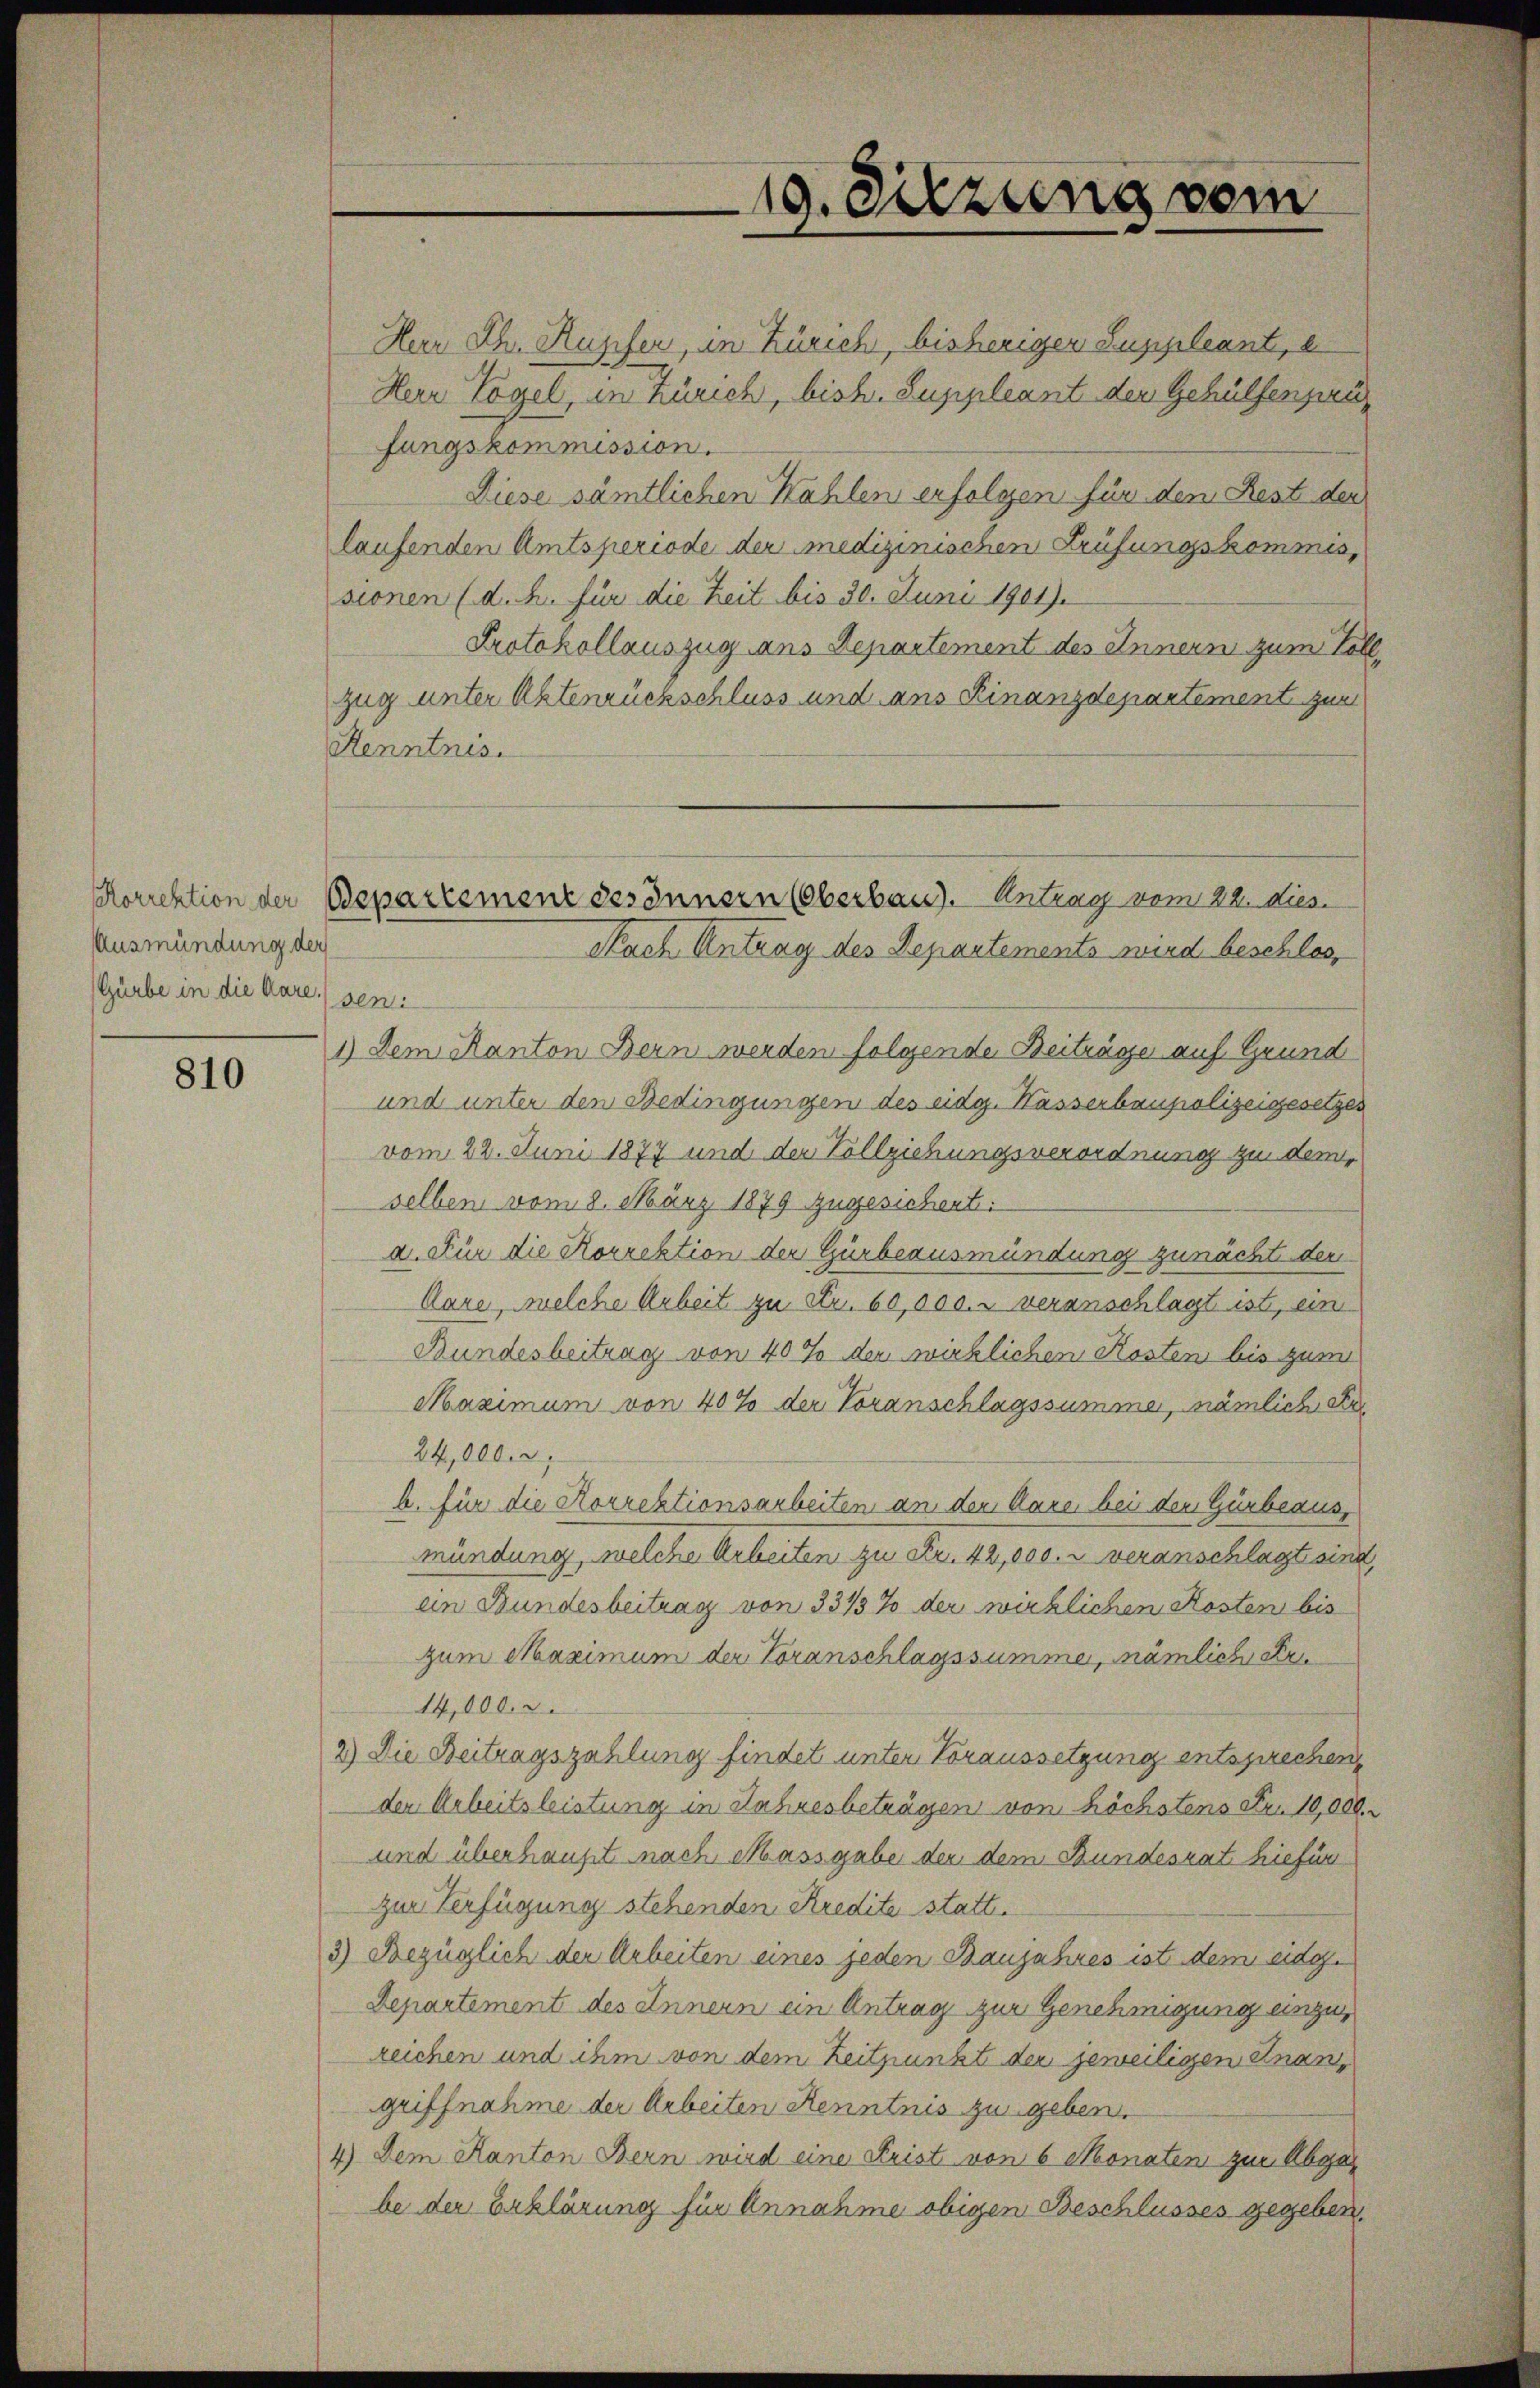
Ausmündung der
(Gürbe in die Aare) seni

810

Herr Th. Rupfer, in Zürich, bisherigen Suppleant, e
Herr Vogel, in Zürich, bish. Suppleant den Gehülfenzenfungskommission.
Diese sämtlichen Kahlen erfolgen für dem Rest der
laufenden Amtsperiode der medizinischen Prüfungskommis,
sionen (d. h. für die Zeit bis 30. Juni 1901).
Protokollauszug aus Departement des Innern zum Vollzug unter Aktenrückschluss und ans Finanzdepartement zum
Kenntnis.
1) Dem Kanton Bern werden folgende Beiträge auf Grund
und unter den Bedingungen des eidg. Hasserbaupolizeigesetzes
vom 22. Juni 1877 und der Vollziehungsverordnung zu dem
selben vom 8. März 1879 zugesichert.
a. Für die Korrektion der Gürbeausmündung zunächte den
Aare, welche Arbeit zu Fr. 60,000. u veranschlägt ist, ein
Bundesbeitrag von 40% der wirklichen Kosten bis zum
Maximum von 40% der Voranschlagssummer, nämlich de
24,000.
b. für die Korrektionsarbeiten an den Parei bei dem Gürbeausmündung, welche Arbeiten zu Fr. 42,000. u veranschlägt sind,
ein Bundesbeitrag von 3315% der wirklichen Kosten bis
zum Maximum der Voranschlagssumme, nämlich Fru
14,000.
2) Die Beitragszahlung findet unter Voraussetzung entsprechen,
der Arbeitsleistung in Jahresbeträgen von höchstens Fr. 10,000.
und überhaupt nach Massgabe der dem Bundesrat hiefür
zur Verfügung stehenden Kredite statt.
3) Bezüglich der Arbeiten eines jeden Baujahres ist dem eidge
Departement des Innern ein Antrag zur Genehmigung einzuzeichen und ihm von dem Zeitpunkt der jeweiligen Knangriffnahme der Arbeiten Kenntnis zu geben.
4.) Dem Kanton Bern wird eine Krist von 6 Monaten zur Abga
be der Erklärung für Annahme obigen Beschlusses gegeben,

19. Sitzung vom

Korrektion der Bepartement des Innern (Oberbau). Antrag vom 22. dies
Nach Antrag des Departements wird beschlos,